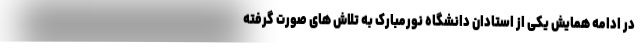
در ادامه همایش یکی از استادان دانشگاه نورمبارک به تلاش های صورت گرفته